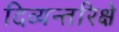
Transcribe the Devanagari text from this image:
दिव्यन्तरिक्षे